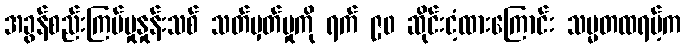
အခွန်စည်းကြပ်မှုနှုန်းသစ် သတ်မှတ်မှုကို ရက် ၉၀ ဆိုင်းငံ့ထားကြောင်း သမ္မတထရမ့်က